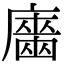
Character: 𢋦